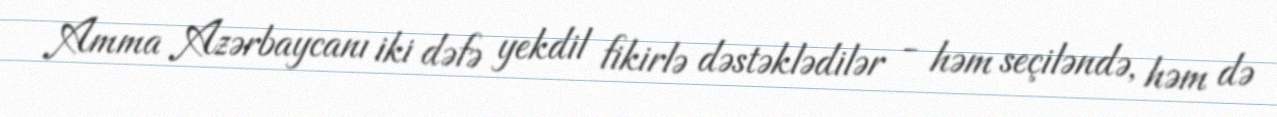
Amma Azərbaycanı iki dəfə yekdil fikirlə dəstəklədilər - həm seçiləndə, həm də